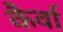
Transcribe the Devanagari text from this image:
कैर्वा